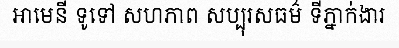
អាមេនី ទូទៅ សហភាព សប្បុរសធម៌ ទីភ្នាក់ងារ